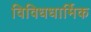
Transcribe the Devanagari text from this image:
विविधधार्मिक